Vaccination in Burma 1900-1911 - 1900-1911
Year: 1900
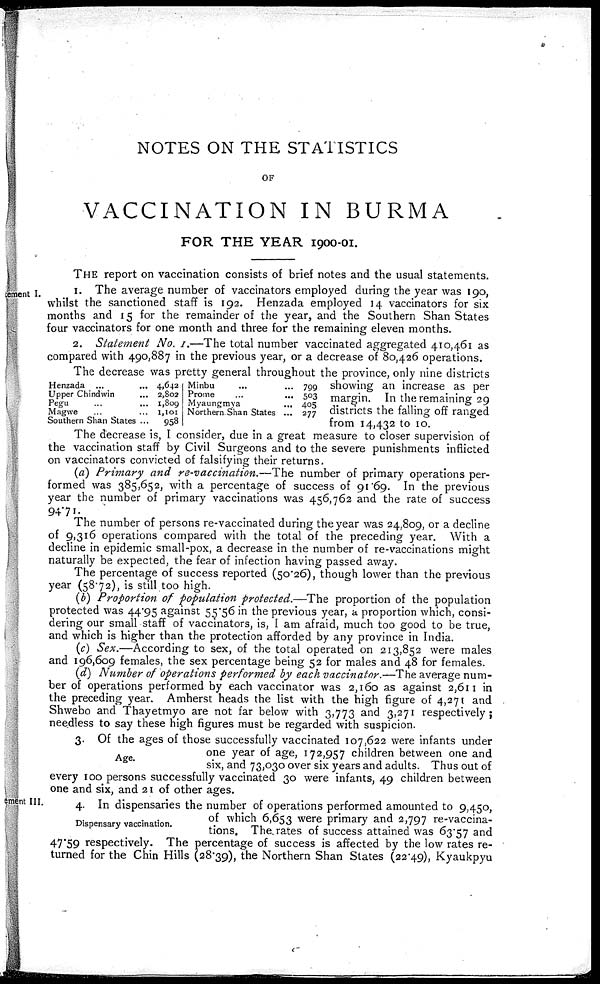
NOTES ON THE STATISTICS
OF
VACCINATION IN BURMA
FOR THE YEAR 1900-01.
THE report on vaccination consists of brief notes and the usual statements.
Statement I.
1. The average number of vaccinators employed during the year was 190,
whilst the sanctioned staff is 192. Henzada employed 14 vaccinators for six
months and 15 for the remainder of the year, and the Southern Shan States
four vaccinators for one month and three for the remaining eleven months.
2. Statement No. I.—The total number vaccinated aggregated 410,461 as
compared with 490,887 in the previous year, or a decrease of 80,426 operations.
Henzada ... ...
Upper Chindwin ... ...
Pegu ... ...
Magwe ... ...
Southern Shan States ...
4,642
2,802
1,809
1,101
958
Minbu ... ...
Prome
...
...
Myaungmya
...
...
Northern Shan States ...
799
503
405
277
The decrease was pretty general throughout the province, only nine districts
showing an increase as per
margin. In the remaining 29
districts the falling off ranged
from 14,432 to 10.
The decrease is, I consider, due in a great measure to closer supervision of
the vaccination staff by Civil Surgeons and to the severe punishments inflicted
on vaccinators convicted of falsifying their returns.
(a) Primary and re-vaccination.—The number of primary operations per-
formed was 385,652, with a percentage of success of 91.69. In the previous
year the number of primary vaccinations was 456,762 and the rate of success
94.71.
The number of persons re-vaccinated during the year was 24,809, or a decline
of 9,316 operations compared with the total of the preceding year. With a
decline in epidemic small-pox, a decrease in the number of re-vaccinations might
naturally be expected, the fear of infection having passed away.
The percentage of success reported (50.26), though lower than the previous
year (58.72), is still too high.
(b) Proportion of population protected.—The proportion of the population
protected was 44.95 against 55.56 in the previous year, a proportion which, consi-
dering our small staff of vaccinators, is, I am afraid, much too good to be true,
and which is higher than the protection afforded by any province in India.
(c) Sex.—According to sex, of the total operated on 213,852 were males
and 196,609 females, the sex percentage being 52 for males and 48 for females.
(d) Number of operations performed by each vaccinator.—The average num-
ber of operations performed by each vaccinator was 2,160 as against 2,611 in
the preceding year. Amherst heads the list with the high figure of 4,271 and
Shwebo and Thayetmyo are not far below with 3,773 and 3,271 respectively;
needless to say these high figures must be regarded with suspicion.
Age.
3. Of the ages of those successfully vaccinated 107,622 were infants under
one year of age, 172,957 children between one and
six, and 73,030 over six years and adults. Thus out of
every 100 persons successfully vaccinated 30 were infants, 49 children between
one and six, and 21 of other ages.
Statement III.
Dispensary vaccination.
4. In dispensaries the number of operations performed amounted to 9,450,
of which 6,653 were primary and 2,797 re-vaccina-
tions. The rates of success attained was 63.57 and
47.59 respectively. The percentage of success is affected by the low rates re-
turned for the Chin Hills (28.39), the Northern Shan States (22.49), Kyaukpyu